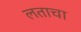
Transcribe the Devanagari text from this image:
लताचा